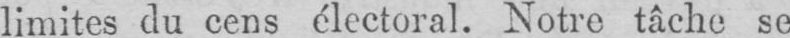
limites du cens électoral. Notre tâche se